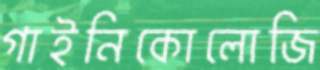
গাইনিকোলোজি